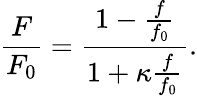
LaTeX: \frac{F}{F_{0}}=\frac{1-\frac{f}{f_{0}}}{1+\kappa\frac{f}{f_{0}}}.